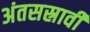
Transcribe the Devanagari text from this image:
अंतसस्रावी